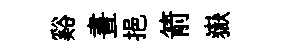
谿晝挹箭嶽